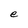
Character: e